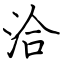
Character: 洽